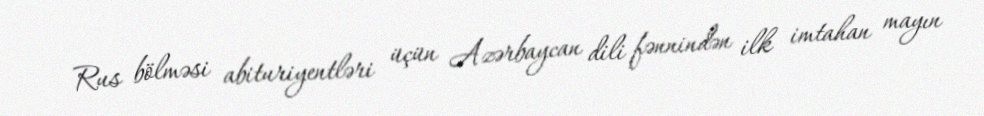
Rus bölməsi abituriyentləri üçün Azərbaycan dili fənnindən ilk imtahan mayın